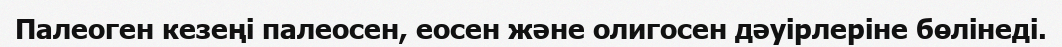
Палеоген кезеңі палеосен, еосен және олигосен дәуірлеріне бөлінеді.